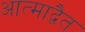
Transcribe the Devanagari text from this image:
आत्माद्वैत